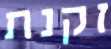
זקנת